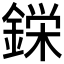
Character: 𮢚